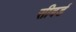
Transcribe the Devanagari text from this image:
सीबर्ड